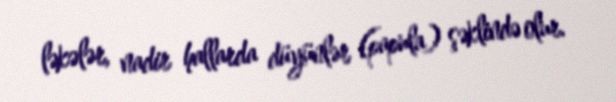
ləkələr, nadir hallarda düyünlər (papula) şəklində olur.